Vaccination in Burma 1920-1933 - 1920-1933
Year: 1920
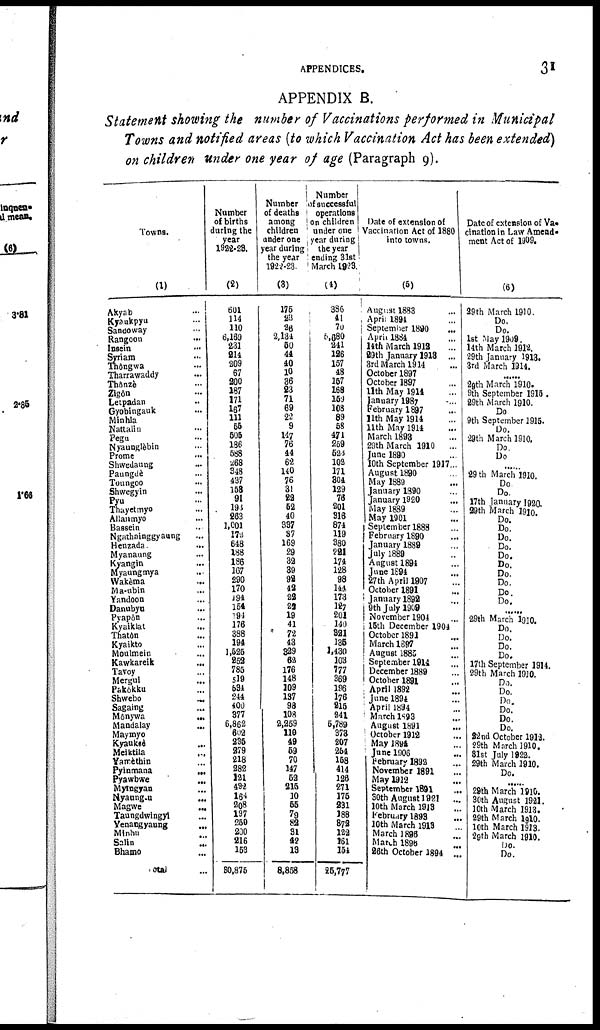
APPENDICES.
31
APPENDIX B.
Statement showing the number of Vaccinations performed in Municipal
Towns and notified areas (to which Vaccination Act has been extended)
on children under one year of age (Paragraph 9).
Towns.
(1)
Akyab...
Kyaukpyu...
Sandoway...
Rangoon
...
Insein...
Syriam...
Thôngwa...
Tharrawaddy...
Thônzè...
Zigôn...
Letpadan...
Gyobingauk...
Minhla...
Nattalin...
Pegu...
Nyaunglèbin...
Prome... ...
Shwedaung...
Paungdè...
Toungoo...
Shewegyin. . . . . .
Pyu...
Thayetmo...
Allanmyo...
Bassein...
Ngathainggyaung...
Henzada...
Myanaung...
Kyangin...
Myaungmya...
Wakèma...
Ma-ubin...
Yandoon...
Danubyu...
Pyapôn...
Kyaiklat...
Thatôn...
Kyaikto...
Moulmein...
Kawkareik...
Tavoy...
Mergul...
Pakôkku...
Shwebo...
Sagaing...
Monywa...
Mandalay...
Maymyo...
Kyaukiô...
Meiktila...
Yamèthin...
Pyinmana...
Pyawbwe...
Mytngyan...
Nyaung-u...
Magwe...
Taungdwingyi...
Yenangyaung...
Minbu...
Salin...
Bhamo...
Total...
Number
of births
during the
year
1922-23.
(2)
601
114
110
6,169
231
214
209
67
200
187
171
167
111
55
505
186
588
268 348
437
158
91
193
263
1,001
172
648
188
186
167
290
170
194
154
194
176
388
194
1,525
252
785
519
634
244
400
377
6,862
602
235
279
218
282
121
492
164
208
197
250
200
216
153
80,875
Number
of deaths
among
children
under one
year during
the year
1922-23
(3)
175
23
26
2,134
50
44
40
10
36
23
71
69
22
9
147
76
44
62
140
76
31
22
52
40
337
37
169
29
32
39
92
42
22
22
19
41
72
43
329
62
176
148
109
137
98
108
2,259
119
49
59
70
147
52
215
10
55
79
82
31
42
13
8,858
Number
of successful
operations
on children
under one
year during
the year
ending 31st
March 1923.
(4)
386
44 70
5,880
241
126
157
48
157
168
159
108
89
58
471
259
523
102
171
304
129
76
201
316
874
119
380
221
174
128
98
144
173
127
201
140
821
135
1,430
103
777
369
196
176
216
241
5,789
378
207
264
168
414
126
271
175
231
188
872
122
161
154
25,777
Date of extension of
Vaccination Act of 1880
into towns.
(5)
August 1883...
April 1894...
September 1890
...
April 1884...
14th March 1912...
29th January 1913 ...
3rd March 1914...
October 1897
October 1897...
11th May 1914...
January 1987...
February 1897...
11th May 1914...
11th May 1914...
March 1898...
29th March
1910...
June 1890...
10th September 1917...
August 1890...
May 1889...
January 1890...
January 1920...
May 1889...
May 1901...
September 1888...
February
1890...
January 1889...
July 1889...
August 1894...
June 1894...
27th April 1907...
October 1891...
January 1892...
9th July 1909...
November 1904...
15th December 1904.
October 1891...
March 1897...
August 1885...
September
1914...
December 1889...
October 1891...
April 1892
...
June
1894...
April 1894...
March 1893...
August 1891...
October 1912...
May 1894.
May
1894.
February 1892...
November 1891...
May
1912...
September 1891...
30th August 1921...
10th March 1913...
February 1893...
10th March 1913...
March 1896...
Match 1896...
26th October
1894...
Date of extension of Va-
cination in Law Amend-
ment Act of 1909.
(6)
29th March 1910.
Do.
Do.
1st May 1909.
14th March 1912.
29th January 1913.
3rd March
1914.
3rd March 1914.
20th March 1910.
9th September 1915.
29th March 1910.
Do
9th September 1915.
Do.
29th March 1910.
29th March 1910.
Do
......
29th
March 1910.
29 th March 1910.
Do. Do.
17th January 1920.
Do.
Do.
Do.
Do.
Do.
Do.
Do.
Do.
Do.
Do. Do.
......
29th March 1910.
Do.
Do.
Do.
Do.
17th September 1914.
29th March 1910.
Do.
Do.
Do.
Do.
Do.
Do.
22nd October 1912.
29th March 1910.
31st July 1922.
29th March 1910.
Do.
......
29th March 1916.
30th August 1921.
10th March 1913.
29th March 1910.
10th March 1913.
29th March 1910.
Do.